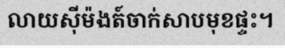
លាយស៊ីម៉ងត៍ចាក់សាបមុខផ្ទះ។